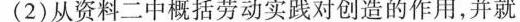
(2)从资料二中概括劳动实践对创造的作用，并就